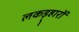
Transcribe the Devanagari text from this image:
लकड़्हारों